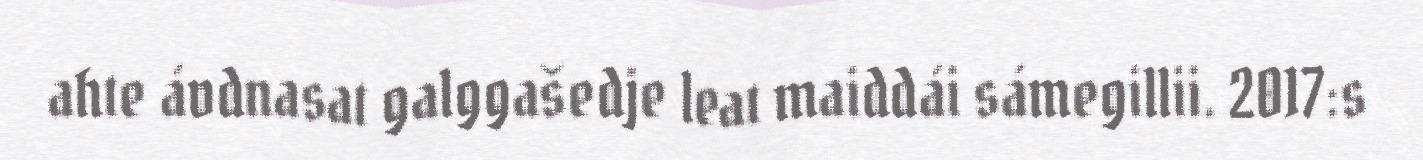
ahte ávdnasat galggašedje leat maiddái sámegillii. 2017:s